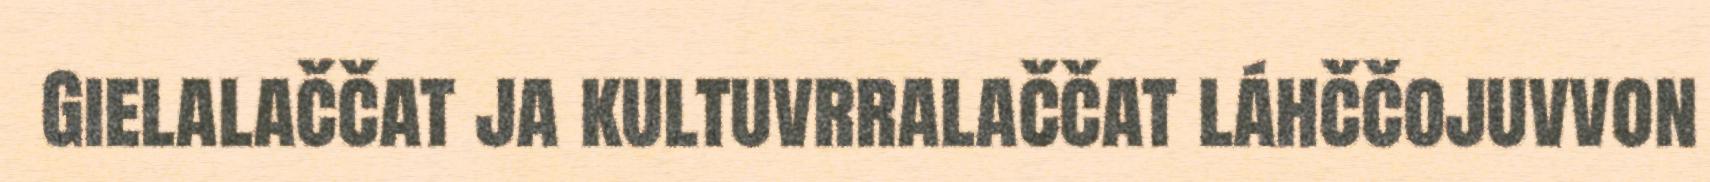
Gielalaččat ja kultuvrralaččat láhččojuvvon